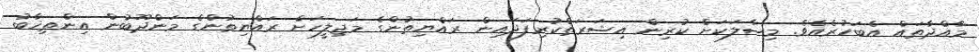
މާއްދާތައް އެބަހުރެއެވެ. މިސާލަކަށް ކުރިން އިޝަރަތްކުރިފަދައިން ރައްޔިތުންގެ މަޖިލީހަށް ރައްޔިތުންގެ މަންދޫބުން އިންތިޚާބު